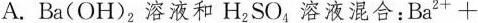
A.Ba(OH)_{2}溶液和H_{2}SO_{4}溶液混合：$$Ba_{2+}+